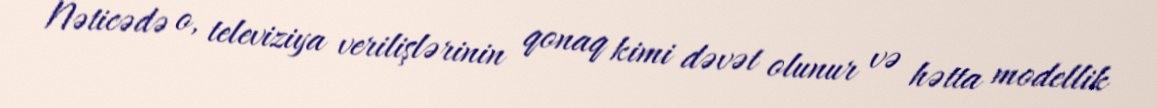
Nəticədə o, televiziya verilişlərinin qonaq kimi dəvət olunur və hətta modellik